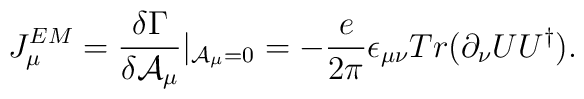
J^{EM}_\mu = \frac{\delta\Gamma}{\delta {\cal A}_\mu}|_{{\cal A}_\mu=0}=-\frac{e}{2\pi}\epsilon_{\mu\nu} Tr(\partial_\nu UU^\dag).